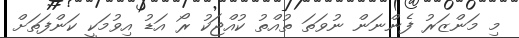
މި މަންޒަރު ފެންނަން ނުވަތަ ތުއްތު ކުއްޖަކު ރޯ އަޑު އިވުމަކީ ކަންފަތަށް